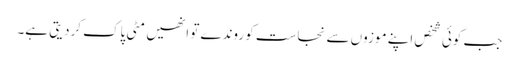
جب کوئی شخص اپنے موزوں سے نجاست کو روندے تو انھیں مٹی پاک کردیتی ہے۔